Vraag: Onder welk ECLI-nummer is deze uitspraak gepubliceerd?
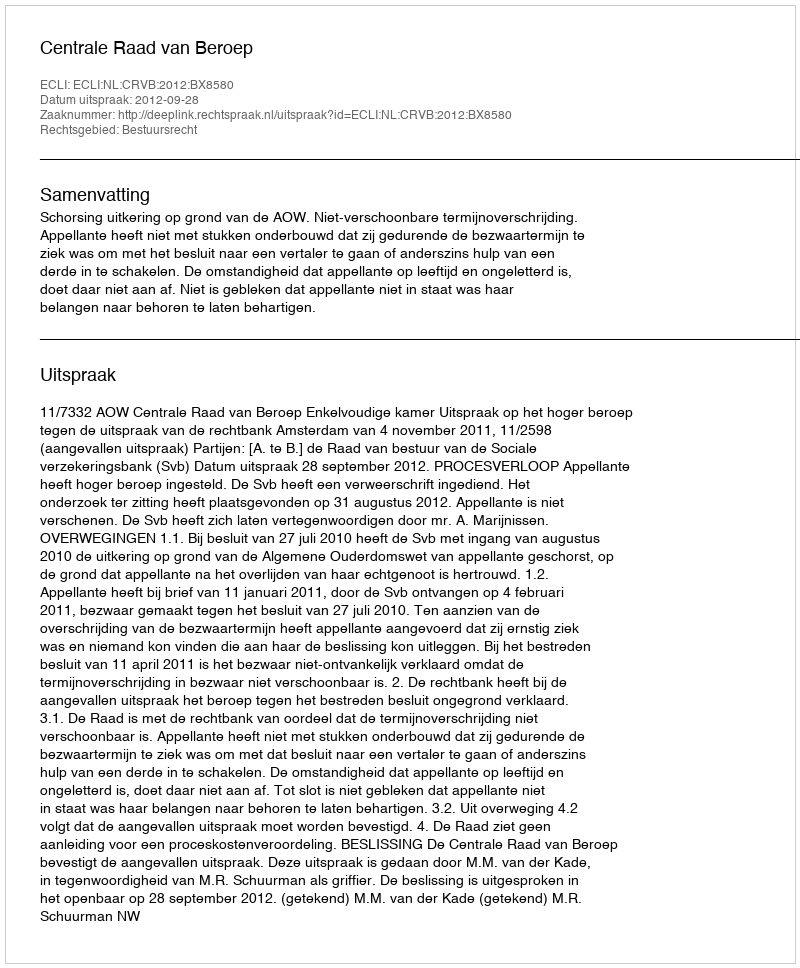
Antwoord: ECLI:NL:CRVB:2012:BX8580